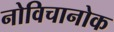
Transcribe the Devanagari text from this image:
नोविचानोक